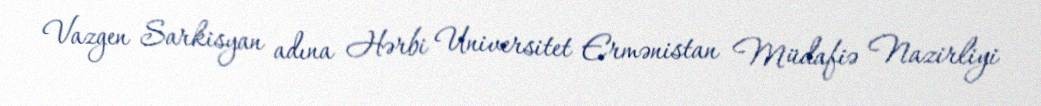
Vazgen Sarkisyan adına Hərbi Universitet Ermənistan Müdafiə Nazirliyi